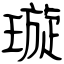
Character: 璇